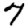
Digit: 7